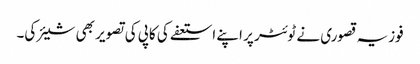
فوزیہ قصوری نے ٹوئٹر پر اپنے استعفے کی کاپی کی تصویر بھی شیئر کی۔